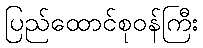
ပြည်ထောင်စုဝန်ကြီး